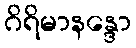
ဂိရိမာနန္ဒော